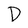
Character: D